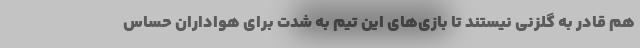
هم قادر به گلزنی نیستند تا بازی‌های این تیم به شدت برای هواداران حساس